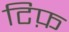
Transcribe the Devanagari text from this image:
टिफ़